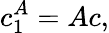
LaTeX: c_{1}^{A}=Ac,